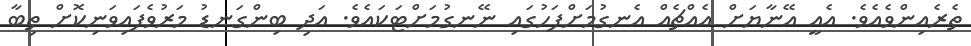
ތެރެއިންވެއެވެ. އެއީ އޭނާޔަށް އެއްޗެއް އެނގުމަށްފަހުގައި ނޭނގުމަށްޓަކައެވެ. އަދި ބިންގަނޑު މަރުވެފައިވަނިކޮށް ތިބާ